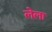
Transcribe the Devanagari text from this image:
लेला